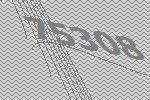
75308